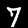
Label: 7